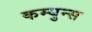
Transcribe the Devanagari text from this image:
कम्युन्स